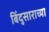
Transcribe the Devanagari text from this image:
बिंदुसाराच्या